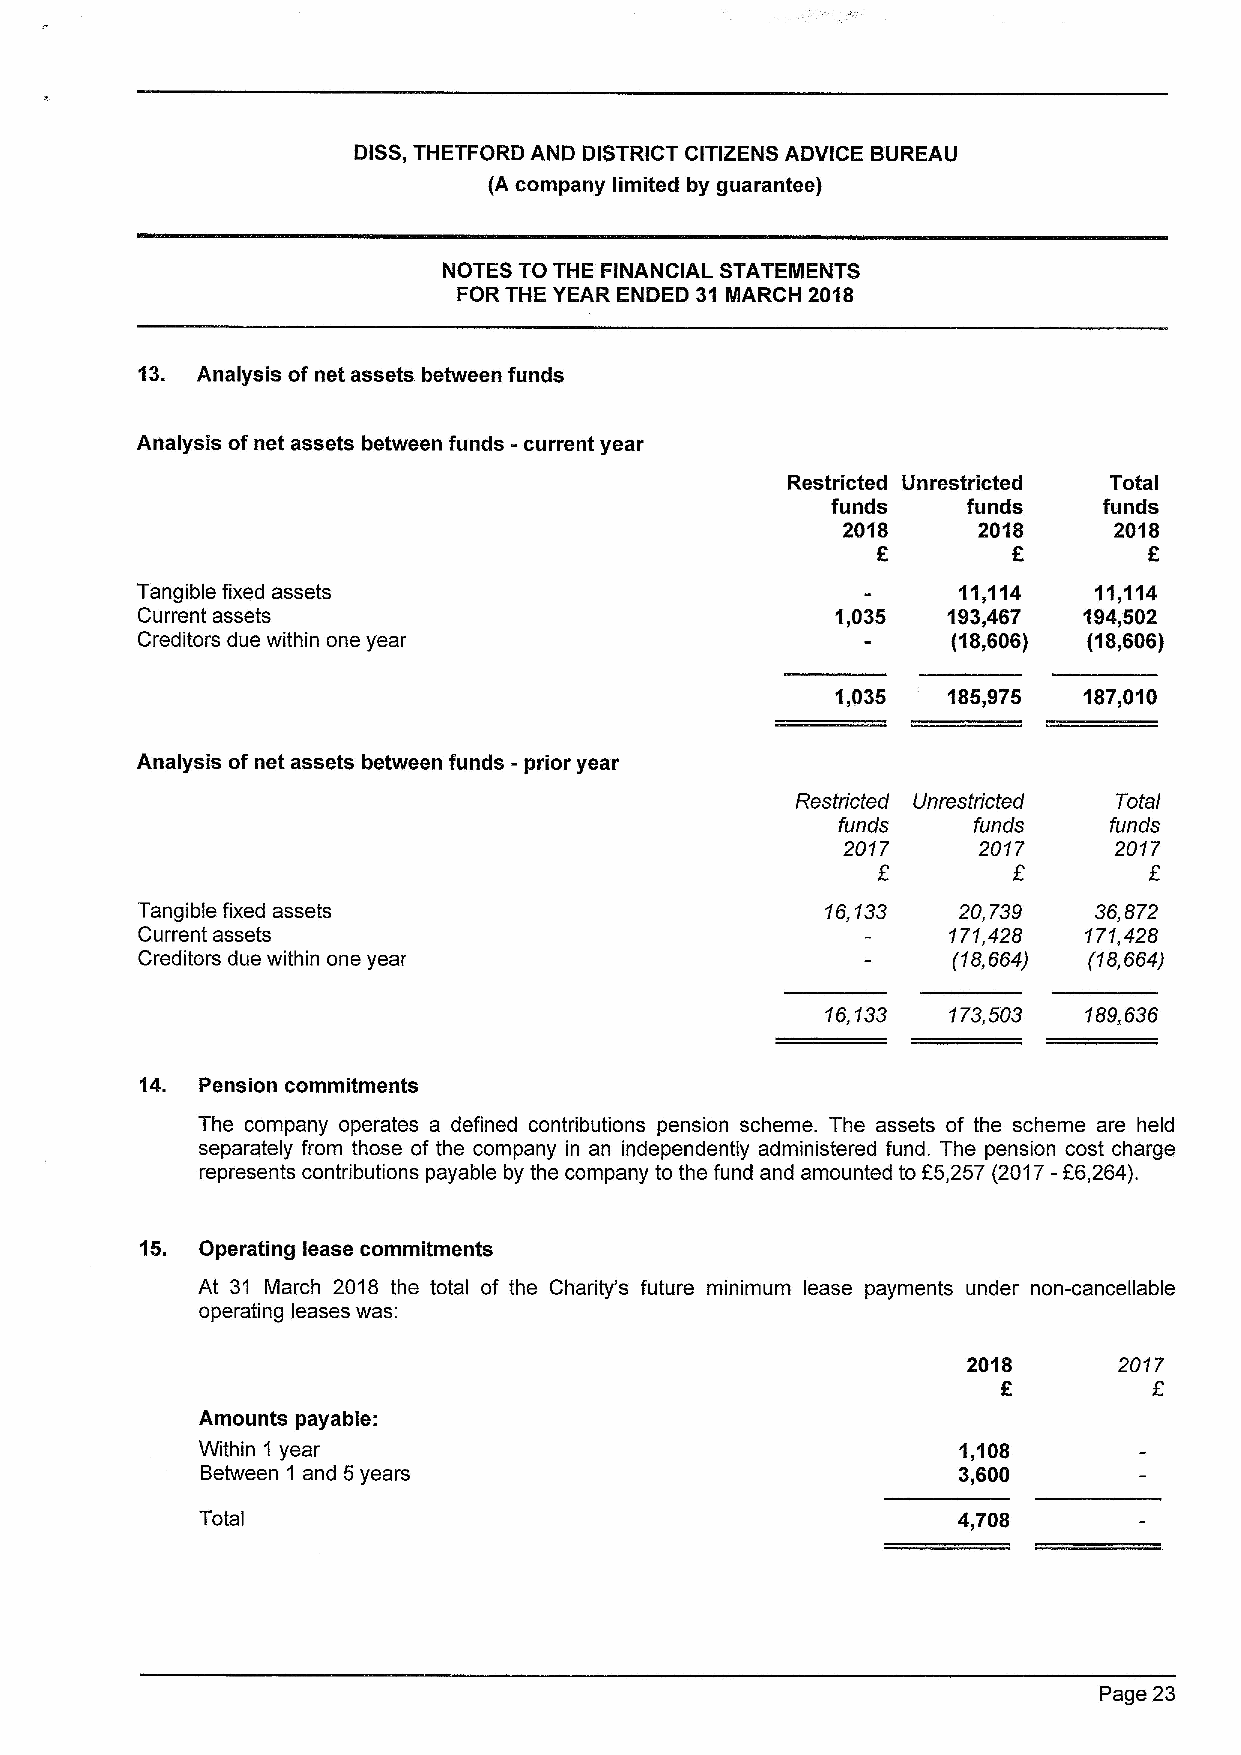
DISS,THETFORD AND DISTRICT CITIZENS ADVICE BUREAU
 (A company limited by guarantee)
 NOTES TO THE FINANCIAL STATEllllENTS
 FOR THE YEAR ENDED 31 INARCH 2018
 13. Analysis of net assets between funds
 Analysis ofnet assets between funds -current year
 Restricted Unrestricted Total
 funds    funds    funds
 2018     2018     2018
 K
 Tangible fixed assets                                 11,114   11,114
 Current assets                                1„035   193,467  184,502
 Creditors due within one year                         (18,606) (18„606)
 1,035   185,975  187,010
 Analysis of net assets between funds -prior year
 Restricted Unrestricted Total
 funds    funds    funds
 2017     2017     2017
 Tangible fixed assets                         16,133  20,739   36,872
 Current assets                                        'l71,428 171,428
 Creditors due within one year                         (18,664) (18,664)
 '/6, 133 'I73,503 /89, 636
 14. Pension commitments
 The company operates a defined contributions pension scheme. The assets of the scheme are held
 separately from those of the company in an independently administered fund. The pension cost charge
 represents contributions payable by the company to the fund and amounted to E5,257 (2017-E6,264).
 15. Operating lease commitments
 At 31 March 2018 the total of the Charity's future minimum lease payments under non-cancellable
 operating leases was:
 2018      2017
 Amounts payable:
 Within 1 year                                     1,108
 Between 1 and 5years                              3,600
 Total                                             4„708
 Page 23